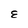
Character: E